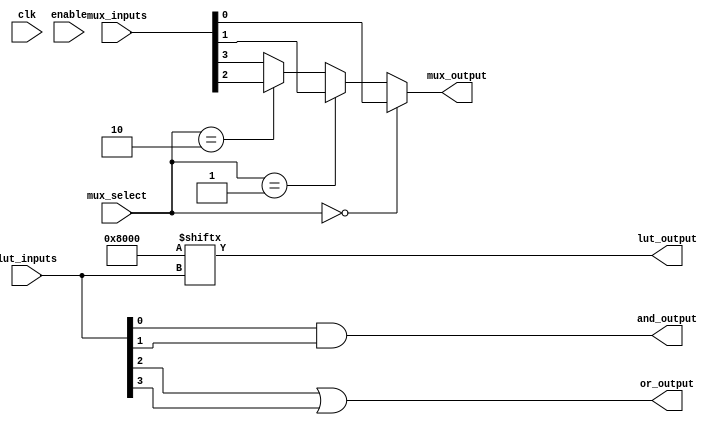
module CLB (
    input wire [3:0] lut_inputs,      // Inputs to the LUT
    input wire [1:0] mux_select,      // Select signal for the multiplexer
    input wire [3:0] mux_inputs,       // Inputs to the multiplexer
    input wire clk,                    // Clock signal (if needed for synchronous logic)
    input wire enable,                 // Enable signal for the logic
    output wire lut_output,            // Output from the LUT
    output wire mux_output,            // Output from the multiplexer
    output wire and_output,            // Output from AND gate
    output wire or_output              // Output from OR gate
);

// 4-input LUT implementation
reg [15:0] lut_memory; // 16 possible combinations for a 4-input LUT

// Initialize LUT memory with a truth table (example: AND function)
initial begin
    lut_memory = 16'b0000000000000000; // Default to all 0s
    lut_memory[0] = 1'b0;   // 0000 -> 0
    lut_memory[1] = 1'b0;   // 0001 -> 0
    lut_memory[2] = 1'b0;   // 0010 -> 0
    lut_memory[3] = 1'b0;   // 0011 -> 0
    lut_memory[4] = 1'b0;   // 0100 -> 0
    lut_memory[5] = 1'b0;   // 0101 -> 0
    lut_memory[6] = 1'b0;   // 0110 -> 0
    lut_memory[7] = 1'b0;   // 0111 -> 0
    lut_memory[8] = 1'b0;   // 1000 -> 0
    lut_memory[9] = 1'b0;   // 1001 -> 0
    lut_memory[10] = 1'b0;  // 1010 -> 0
    lut_memory[11] = 1'b0;  // 1011 -> 0
    lut_memory[12] = 1'b0;  // 1100 -> 0
    lut_memory[13] = 1'b0;  // 1101 -> 0
    lut_memory[14] = 1'b0;  // 1110 -> 0
    lut_memory[15] = 1'b1;   // 1111 -> 1 (AND of all inputs)
end

assign lut_output = lut_memory[lut_inputs];  // LUT output

// 2-to-1 multiplexer
assign mux_output = (mux_select == 2'b00) ? mux_inputs[0] :
                    (mux_select == 2'b01) ? mux_inputs[1] :
                    (mux_select == 2'b10) ? mux_inputs[2] :
                    mux_inputs[3]; // Default case

// Basic logic gates
assign and_output = lut_inputs[0] & lut_inputs[1]; // AND gate
assign or_output  = lut_inputs[2] | lut_inputs[3]; // OR gate

endmodule